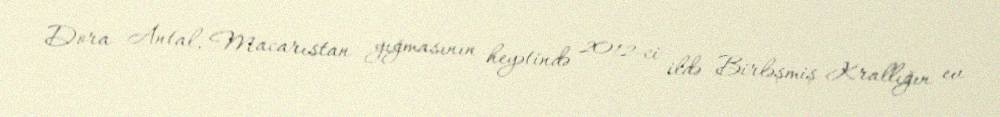
Dora Antal, Macarıstan yığmasının heyətində 2012-ci ildə Birləşmiş Krallığın ev